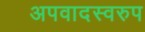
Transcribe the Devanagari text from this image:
अपवादस्वरुप